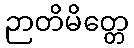
ဉာတိမိတ္တေ